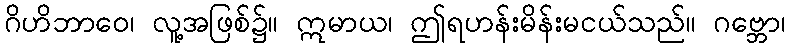
ဂိဟိဘာဝေ၊ လူ့အဖြစ်၌။ ဣမာယ၊ ဤရဟန်းမိန်းမငယ်သည်။ ဂဗ္ဘော၊